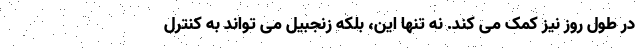
در طول روز نیز کمک می کند. نه تنها این، بلکه زنجبیل می تواند به کنترل